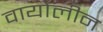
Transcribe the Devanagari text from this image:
वायोलीन